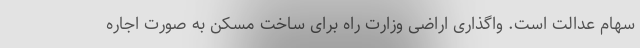
سهام عدالت است. واگذاری اراضی وزارت راه برای ساخت مسکن به صورت اجاره